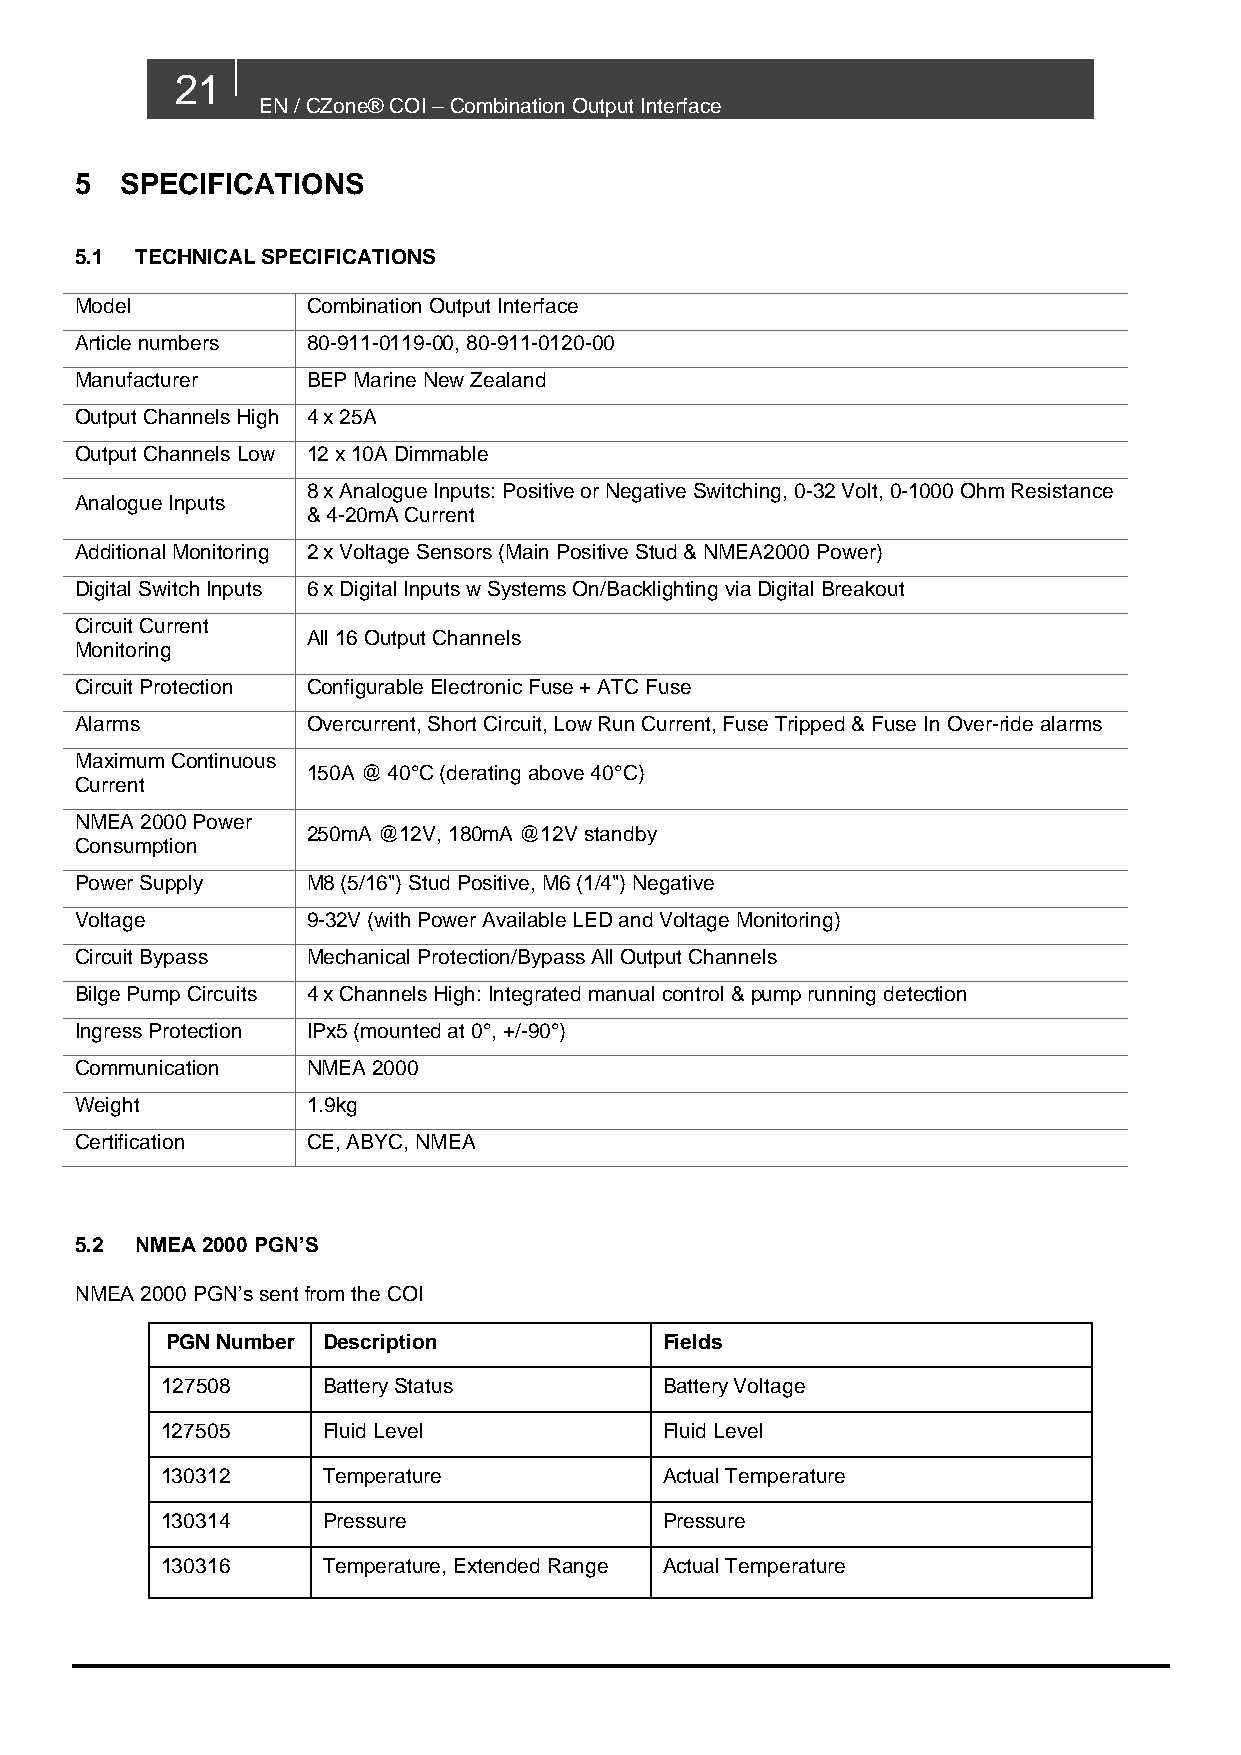
21
 EN / CZone® COI – Combination Output Interface
 5  SPECIFICATIONS
 5.1 TECHNICAL SPECIFICATIONS
 Model          Combination Output Interface
 Article numbers 80-911-0119-00, 80-911-0120-00
 Manufacturer   BEP Marine New Zealand
 Output Channels High 4 x 25A
 Output Channels Low 12 x 10A Dimmable
 8 x Analogue Inputs: Positive or Negative Switching, 0-32 Volt, 0-1000 Ohm Resistance
 Analogue Inputs
 & 4-20mA Current
 Additional Monitoring 2 x Voltage Sensors (Main Positive Stud & NMEA2000 Power)
 Digital Switch Inputs 6 x Digital Inputs w Systems On/Backlighting via Digital Breakout
 Circuit Current
 All 16 Output Channels
 Monitoring
 Circuit Protection Configurable Electronic Fuse + ATC Fuse
 Alarms         Overcurrent, Short Circuit, Low Run Current, Fuse Tripped & Fuse In Over-ride alarms
 Maximum Continuous
 150A @ 40°C (derating above 40°C)
 Current
 NMEA 2000 Power
 250mA @12V, 180mA @12V standby
 Consumption
 Power Supply   M8 (5/16") Stud Positive, M6 (1/4") Negative
 Voltage        9-32V (with Power Available LED and Voltage Monitoring)
 Circuit Bypass Mechanical Protection/Bypass All Output Channels
 Bilge Pump Circuits 4 x Channels High: Integrated manual control & pump running detection
 Ingress Protection IPx5 (mounted at 0°, +/-90°)
 Communication  NMEA 2000
 Weight         1.9kg
 Certification  CE, ABYC, NMEA
 5.2 NMEA 2000 PGN’S
 NMEA 2000 PGN’s sent from the COI
 PGN Number Description           Fields
 127508    Battery Status         Battery Voltage
 127505    Fluid Level            Fluid Level
 130312    Temperature            Actual Temperature
 130314    Pressure               Pressure
 130316    Temperature, Extended Range Actual Temperature